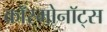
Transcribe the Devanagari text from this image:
काॅस्मोनाॅट्स